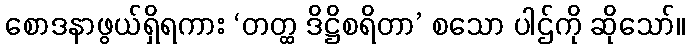
စောဒနာဖွယ်ရှိရကား ‘တတ္ထ ဒိဋ္ဌိစရိတာ’ စသော ပါဌ်ကို ဆိုသော်။